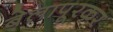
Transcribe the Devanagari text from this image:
बेलापूरकर